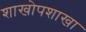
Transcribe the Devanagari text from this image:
शाखोपशाखा